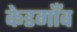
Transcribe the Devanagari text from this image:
केडगाँव